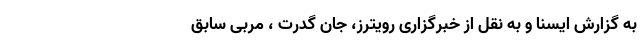
به گزارش ایسنا و به نقل از خبرگزاری رویترز، جان گدرت ، مربی سابق